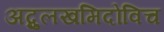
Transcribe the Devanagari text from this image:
अब्दुलखमिदोविच